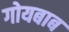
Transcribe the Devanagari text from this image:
गोयबाब